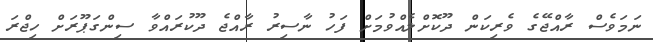
ނަމަވެސް ރާއްޖޭގެ ވެރިކަން ދޫކޮށްލެއްވުމަށް ފަހު ނާސިރު ރާއްޖެ ދޫކުރައްވާ ސިންގަޕޫރަށް ހިޖްރަ